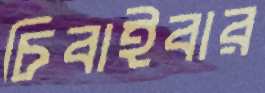
চিবাইবার